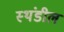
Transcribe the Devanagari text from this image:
स्थंडील